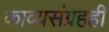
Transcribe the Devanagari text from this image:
काव्यसंग्रहही